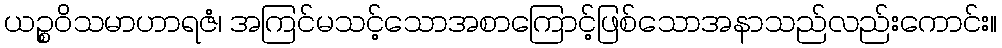
ယဉ္စဝိသမာဟာရဇံ၊ အကြင်မသင့်သောအစာကြောင့်ဖြစ်သောအနာသည်လည်းကောင်း။